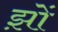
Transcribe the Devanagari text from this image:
झ़ों